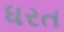
ધરત